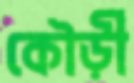
কৌড়ী